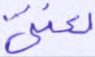
لعنتي